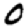
Digit: 0